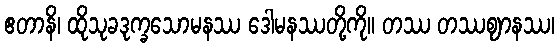
ဧတာနိ၊ ထိုသုခဒုက္ခသောမနဿ ဒေါမနဿတို့ကို။ တဿ တဿဈာနဿ၊